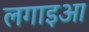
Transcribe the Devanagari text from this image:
लगाइआ